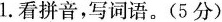
1.看拼音，写词语。(5分)